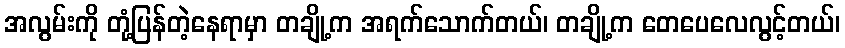
အလွမ်းကို တုံ့ပြန်တဲ့နေရာမှာ တချို့က အရက်သောက်တယ်၊ တချို့က တေပေလေလွင့်တယ်၊